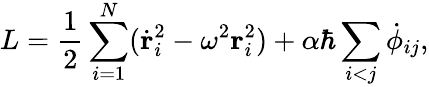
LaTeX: L=\frac{1}{2}\sum_{i=1}^{N}({\dot{\mathbf r}}_{i}^{2}-{\omega}^{2}{\mathbf r}_{i}^{2})+\alpha\hbar\sum_{i<j}{\dot{\phi}}_{ij},